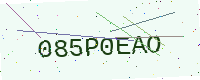
Text: 085P0EAO